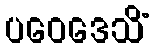
ပဝေဒေသိံ